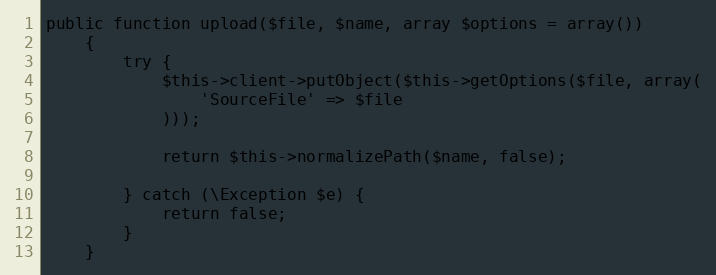
Language: PHP
public function upload($file, $name, array $options = array())
    {
        try {
            $this->client->putObject($this->getOptions($file, array(
                'SourceFile' => $file
            )));

            return $this->normalizePath($name, false);

        } catch (\Exception $e) {
            return false;
        }
    }